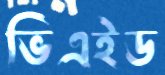
ভিএইড